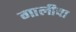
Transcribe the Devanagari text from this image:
गालीचा